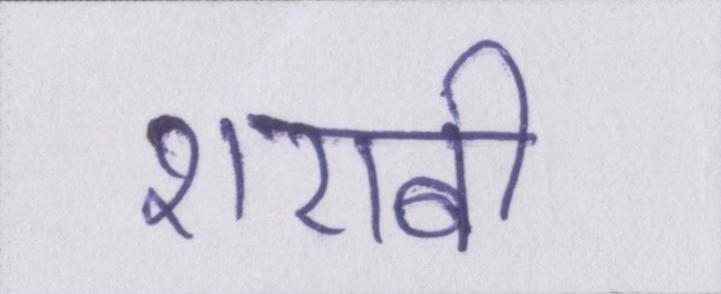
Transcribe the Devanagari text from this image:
शराबी